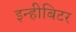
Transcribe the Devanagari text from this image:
इन्हीबिटर